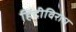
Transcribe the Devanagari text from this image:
हिंदीविरोध